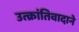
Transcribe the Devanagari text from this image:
उत्क्रांतिवादाने